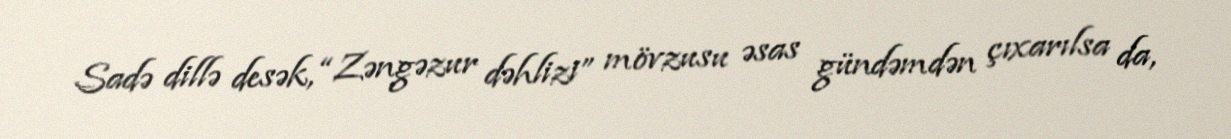
Sadə dillə desək, “Zəngəzur dəhlizi” mövzusu əsas gündəmdən çıxarılsa da,